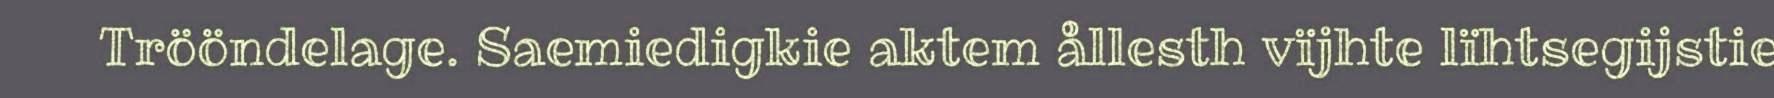
Trööndelage. Saemiedigkie aktem ållesth vïjhte lïhtsegijstie